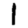
Digit: 1